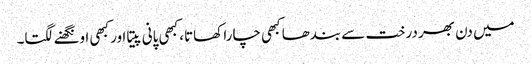
میں دن بھر درخت سے بندھا کبھی چارا کھاتا، کبھی پانی پیتا اور کبھی اونگھنے لگتا۔